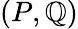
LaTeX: (P,\mathbb{Q})